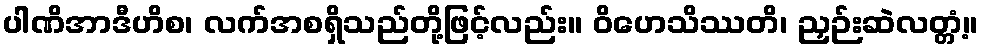
ပါဏိအာဒီဟိစ၊ လက်အစရှိသည်တို့ဖြင့်လည်း။ ဝိဟေသိဿတိ၊ ညှဉ်းဆဲလတ္တံ့။